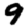
Digit: 9